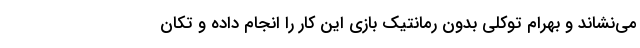
می‌نشاند و بهرام توکلی بدون رمانتیک بازی این کار را انجام داده و تکان